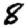
Digit: 8